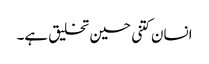
انسان کتنی حسین تخلیق ہے۔